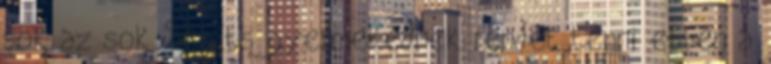
sok az sok Segíts gyermekednek rendet tenni ebben a